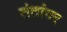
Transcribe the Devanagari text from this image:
तंतांवर